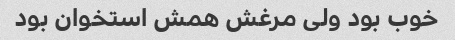
خوب بود ولی مرغش همش استخوان بود